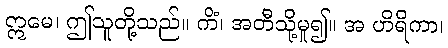
ဣမေ၊ ဤသူတို့သည်။ ကိံ၊ အတီသို့မူ၍။ အ ဟိရိကာ၊